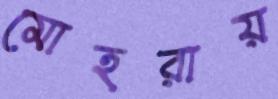
মোহরায়